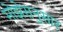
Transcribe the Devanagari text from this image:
मोझेसनुसार